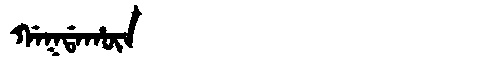
Manchu: ᡤᠠᡴᡩᠠᡥᡡᠨ
Romanization: GAKDAHŪN